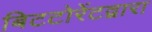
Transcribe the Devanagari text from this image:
बिटटोरेंटद्वारा